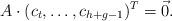
LaTeX: \begin{align*} A\cdot(c_t,\ldots,c_{h+g-1})^T=\vec{0}.\end{align*}